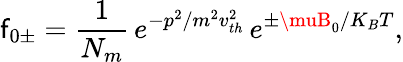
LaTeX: \mathsf{f}_{0\pm}=\frac{{1}}{{N_{m}}}\, e^{-p^{2}/m^{2}v_{th}^{2}}\, e^{\pm\muB_{0}/K_{B}T},